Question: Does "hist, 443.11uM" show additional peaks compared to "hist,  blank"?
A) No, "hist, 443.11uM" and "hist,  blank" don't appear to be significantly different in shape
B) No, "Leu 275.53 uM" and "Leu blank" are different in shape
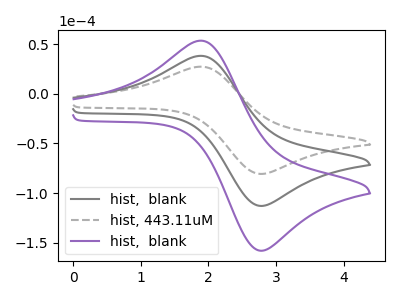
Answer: <think>The gray curve "hist,  blank" has an anodic peak at (1.90V, 38.25uA) and a cathodic peak at (2.75V, -112.70uA). The gray dashed curve "hist, 443.11uM" has an anodic peak at (1.90V, 27.35uA) and a cathodic peak at (2.75V, -80.50uA). The purple curve "hist,  blank" has an anodic peak at (1.90V, 76.55uA) and a cathodic peak at (2.75V, -225.35uA).
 All the peaks in "hist, 443.11uM" have a peak in "hist,  blank" at the same potential. Every peak in "hist, 443.11uM" is lower than every peak in "hist,  blank".</think>
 <answer>A) No, "hist, 443.11uM" and "hist,  blank" don't appear to be significantly different in shape</answer>
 <eval>A</eval>